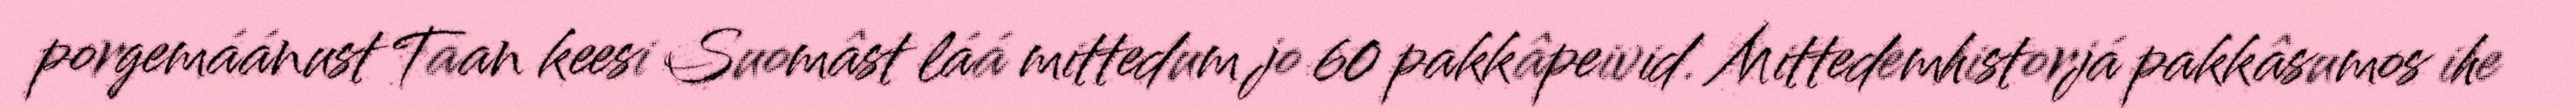
porgemáánust Taan keesi Suomâst láá mittedum jo 60 pakkâpeivid. Mittedemhistorjá pakkâsumos ihe